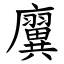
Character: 㢞